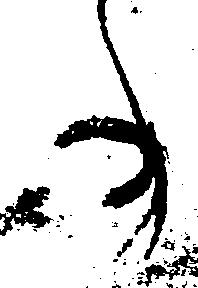
事